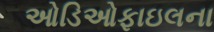
ઓડિઓફાઇલના